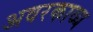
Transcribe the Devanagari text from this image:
अवरकाव्य